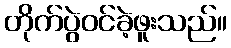
တိုက်ပွဲဝင်ခဲ့ဖူးသည်။